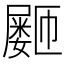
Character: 𪨞